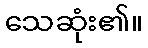
သေဆုံး၏။